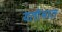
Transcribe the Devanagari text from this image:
यतीमात